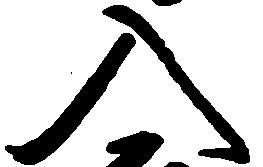
入